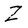
Character: Z